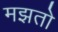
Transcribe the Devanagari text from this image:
मझतो